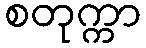
စတုက္ကာ